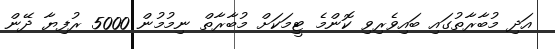
އަދި މުބާރާތުގައި ބައިވެރިވި ކޮންމެ ޓީމަކަށް މުބާރާތް ނިމުމުން 5000 ރުފިޔާ ދޭން